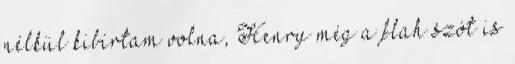
nélkül kibírtam volna, Henry még a flah szót is